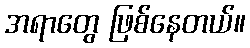
အရာတွေ ဖြစ်နေတယ်။